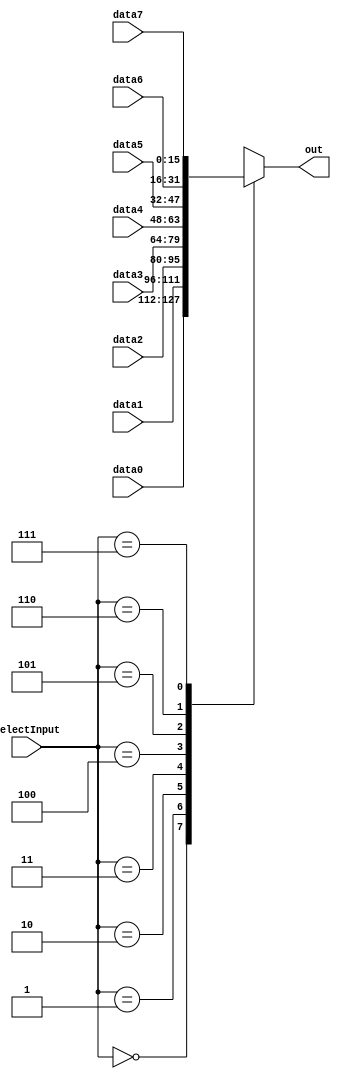
`ifndef _MUX
`define _MUX

module mux16x8(data0, data1, data2, data3, data4, data5, data6, data7, selectInput, out);  // 8-16bit-input mux

	output reg [15:0] out;
	input  [15:0] data0, data1, data2, data3, data4, data5, data6, data7;
	input  [2:0] selectInput;
	
	always@(data0 or data1 or data2 or data3 or data4 or data5 or data6 or data7 or selectInput) begin
		case(selectInput)
			0: out = data0;
			1: out = data1;
			2: out = data2;
			3: out = data3;
			4: out = data4;
			5: out = data5;
			6: out = data6;
			7: out = data7;
		endcase
	end
	
endmodule

module mux16x1(data0,data1,selectinput,out);//2-16bit-input-mux

	input [15:0] data0,data1;
	input selectinput;
	output reg [15:0] out;

	always @(*) begin

		case (selectinput)
		0:
			out = data0;
		1:
			out = data1;
		default:
			out = data0;
		endcase

	end
	
endmodule

module mux16x2(data0,data1,data2,data3,selectinput,out);//used in mux 2,4,5,6,7
	input [15:0] data0,data1,data2,data3;
	input [1:0]selectinput;
	output reg [15:0] out;



	always @(*) begin
		case (selectinput)
		0:
			out = data0;
		1:
			out = data1;
		2:
			out = data2;
		3:
			out = data3;
		default:
			out = data0;
		endcase
	end
	
endmodule

`endif